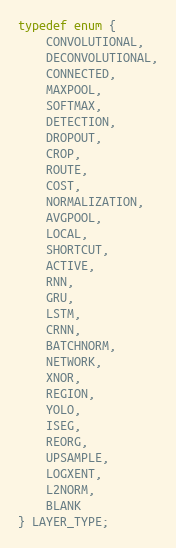
Language: C
typedef enum {
    CONVOLUTIONAL,
    DECONVOLUTIONAL,
    CONNECTED,
    MAXPOOL,
    SOFTMAX,
    DETECTION,
    DROPOUT,
    CROP,
    ROUTE,
    COST,
    NORMALIZATION,
    AVGPOOL,
    LOCAL,
    SHORTCUT,
    ACTIVE,
    RNN,
    GRU,
    LSTM,
    CRNN,
    BATCHNORM,
    NETWORK,
    XNOR,
    REGION,
    YOLO,
    ISEG,
    REORG,
    UPSAMPLE,
    LOGXENT,
    L2NORM,
    BLANK
} LAYER_TYPE;